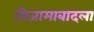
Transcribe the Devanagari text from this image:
निजामाबादला